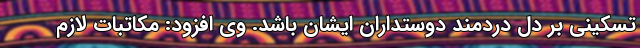
تسکینی بر دل دردمند دوستداران ایشان باشد. وی افزود: مکاتبات لازم